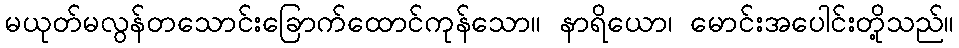
မယုတ်မလွန်တသောင်းခြောက်ထောင်ကုန်သော။ နာရိယော၊ မောင်းအပေါင်းတို့သည်။